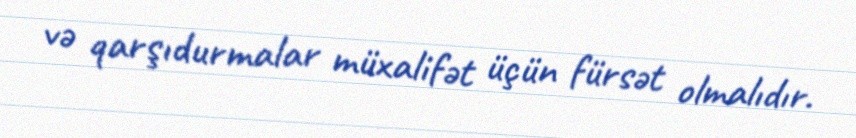
və qarşıdurmalar müxalifət üçün fürsət olmalıdır.